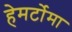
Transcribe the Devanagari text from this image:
हेमर्टोमा